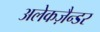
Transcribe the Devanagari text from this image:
अलेकज़ैन्डर